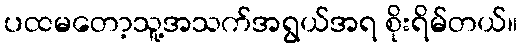
ပထမတော့သူ့အသက်အရွယ်အရ စိုးရိမ်တယ်။